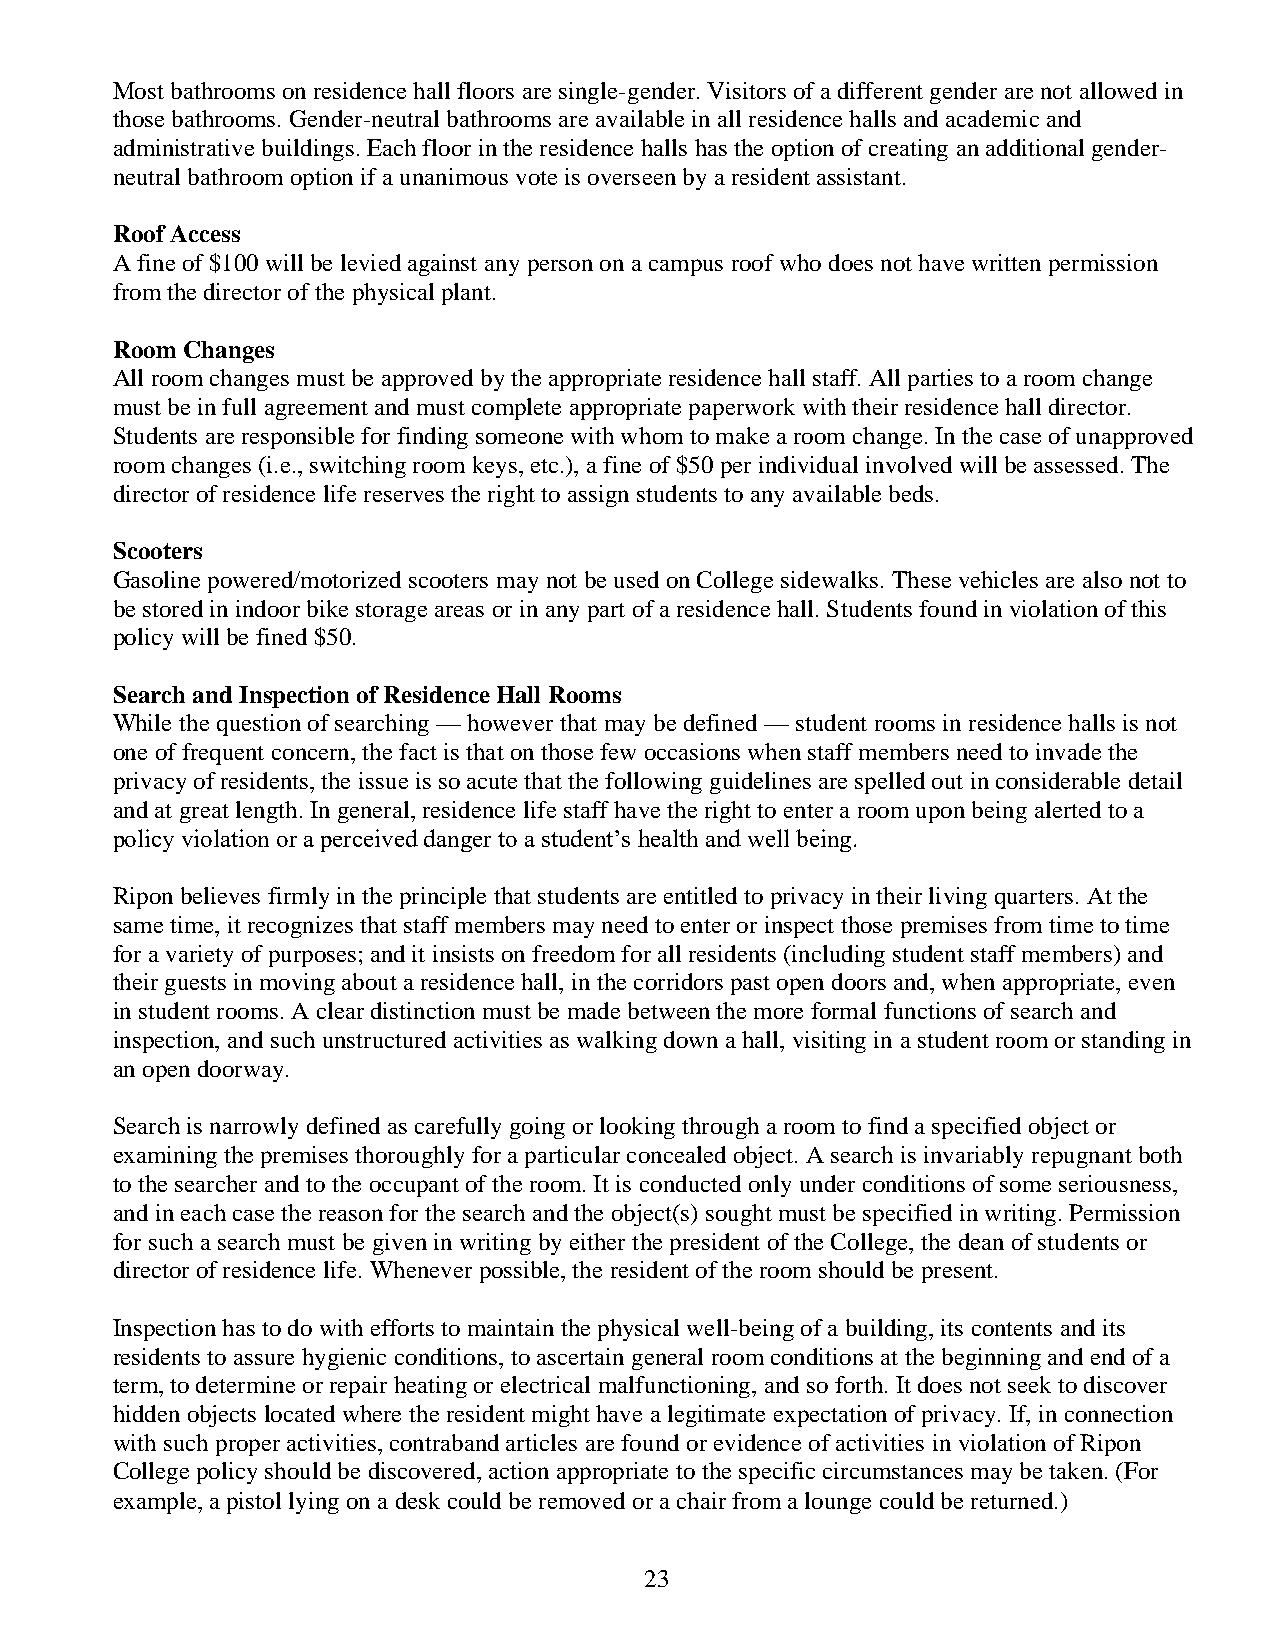
Most bathrooms on residence hall floors are single-gender. Visitors of a different gender are not allowed in
 those bathrooms. Gender-neutral bathrooms are available in all residence halls and academic and
 administrative buildings. Each floor in the residence halls has the option of creating an additional gender-
 neutral bathroom option if a unanimous vote is overseen by a resident assistant.
 Roof Access
 A fine of $100 will be levied against any person on a campus roof who does not have written permission
 from the director of the physical plant.
 Room Changes
 All room changes must be approved by the appropriate residence hall staff. All parties to a room change
 must be in full agreement and must complete appropriate paperwork with their residence hall director.
 Students are responsible for finding someone with whom to make a room change. In the case of unapproved
 room changes (i.e., switching room keys, etc.), a fine of $50 per individual involved will be assessed. The
 director of residence life reserves the right to assign students to any available beds.
 Scooters
 Gasoline powered/motorized scooters may not be used on College sidewalks. These vehicles are also not to
 be stored in indoor bike storage areas or in any part of a residence hall. Students found in violation of this
 policy will be fined $50.
 Search and Inspection of Residence Hall Rooms
 While the question of searching — however that may be defined — student rooms in residence halls is not
 one of frequent concern, the fact is that on those few occasions when staff members need to invade the
 privacy of residents, the issue is so acute that the following guidelines are spelled out in considerable detail
 and at great length. In general, residence life staff have the right to enter a room upon being alerted to a
 policy violation or a perceived danger to a student’s health and well being.
 Ripon believes firmly in the principle that students are entitled to privacy in their living quarters. At the
 same time, it recognizes that staff members may need to enter or inspect those premises from time to time
 for a variety of purposes; and it insists on freedom for all residents (including student staff members) and
 their guests in moving about a residence hall, in the corridors past open doors and, when appropriate, even
 in student rooms. A clear distinction must be made between the more formal functions of search and
 inspection, and such unstructured activities as walking down a hall, visiting in a student room or standing in
 an open doorway.
 Search is narrowly defined as carefully going or looking through a room to find a specified object or
 examining the premises thoroughly for a particular concealed object. A search is invariably repugnant both
 to the searcher and to the occupant of the room. It is conducted only under conditions of some seriousness,
 and in each case the reason for the search and the object(s) sought must be specified in writing. Permission
 for such a search must be given in writing by either the president of the College, the dean of students or
 director of residence life. Whenever possible, the resident of the room should be present.
 Inspection has to do with efforts to maintain the physical well-being of a building, its contents and its
 residents to assure hygienic conditions, to ascertain general room conditions at the beginning and end of a
 term, to determine or repair heating or electrical malfunctioning, and so forth. It does not seek to discover
 hidden objects located where the resident might have a legitimate expectation of privacy. If, in connection
 with such proper activities, contraband articles are found or evidence of activities in violation of Ripon
 College policy should be discovered, action appropriate to the specific circumstances may be taken. (For
 example, a pistol lying on a desk could be removed or a chair from a lounge could be returned.)
 23